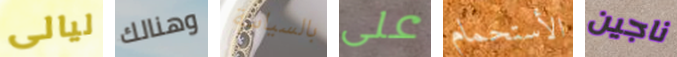
ليالى وهنالك بالسياسة على الأستحمام ناجين